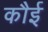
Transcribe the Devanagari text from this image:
कौई